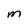
Character: m